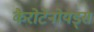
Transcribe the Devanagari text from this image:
कैरोटेनोयड्स